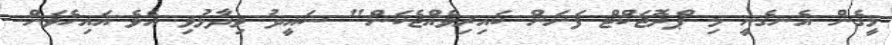
މީގެން އެނގެނީ މި ޕްރޮޖަކްޓް ފަށަން ކައިރިވެއްޖެކަން" ސައީދު ވިދާޅުވި އެވެ އައިހެވަން